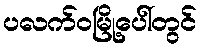
ပလက်ဝမြို့ပေါ်တွင်